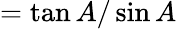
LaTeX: ={\tan A/\sin A}